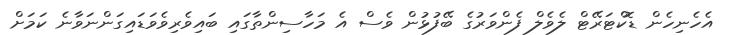
އެހެނިހެން ޑޮކްޓަރޭޓް ލެވެލް ފެންވަރުގެ ބޭފުޅުން ވެސް އެ މަހާސިންތާގައި ބައިވެރިވެވަޑައިގަންނަވާނެ ކަމަށް